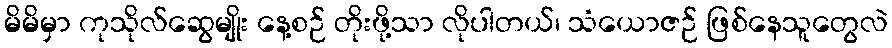
မိမိမှာ ကုသိုလ်ဆွေမျိုး နေ့စဉ် တိုးဖို့သာ လိုပါတယ်၊ သံယောဇဉ် ဖြစ်နေသူတွေလဲ